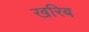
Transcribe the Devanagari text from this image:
खरिब